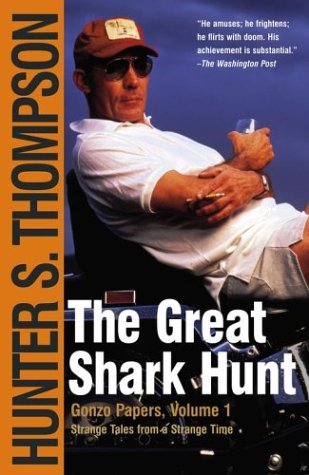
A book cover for The Great Shark Hunt: Strange Tales from a Strange Time; Hunter S. Thompson; Biographies & Memoirs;